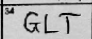
Transcription: GLT